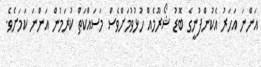
އަންނަ އަހަރު އެކުންފުނީގެ ބޮޑު ޝޯރޫމެއް ހުޅުވުމަށްވެސް މަސައްކަތް ކުރަމުން އަންނަ ކަމަށެވެ.